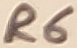
Text: R6